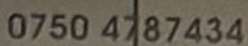
0750 4787434